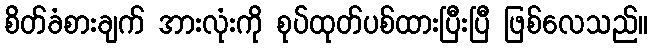
စိတ်ခံစားချက် အားလုံးကို စုပ်ထုတ်ပစ်ထားပြီးပြီ ဖြစ်လေသည်။